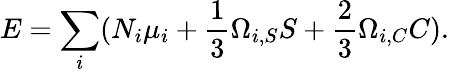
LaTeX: E=\sum_{i}(N_{i}\mu_{i}+{\frac{1}{3}}\Omega_{i,S}S+{\frac{2}{3}}\Omega_{i,C}C).